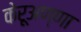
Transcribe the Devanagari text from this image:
केरूअण्णा